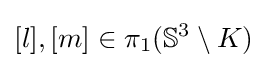
[l],[m]\in \pi _{1}(\mathbb {S} ^{3}\setminus K)